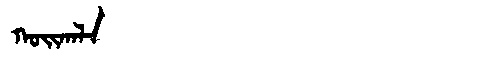
Manchu: ᡴᠣᡳᡴᠠᠯᠠ
Romanization: KOIKALA